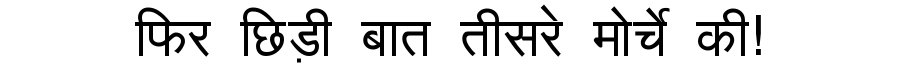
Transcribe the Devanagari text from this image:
फिर छिड़ी बात तीसरे मोर्चे की!